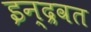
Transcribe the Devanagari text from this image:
इन्द्रवत